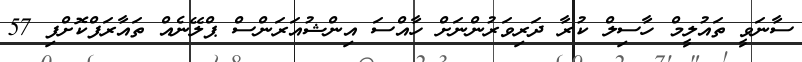
ސާނަވީ ތައުލީމް ހާސިލް ކުރާ ދަރިވަރުންނަށް ހާއްސަ އިންޝުއަރަންސް ޕްލޭނެއް ތައާރަފްކޮށްފި 57